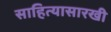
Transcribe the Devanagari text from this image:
साहित्यासारखी